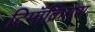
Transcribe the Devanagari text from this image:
दिमॉक्रितस